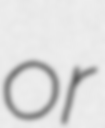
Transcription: or